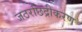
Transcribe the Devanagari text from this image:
जठरछिद्रीकरण